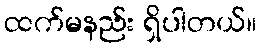
ထက်မနည်း ရှိပါတယ်။